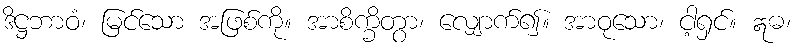
ဒိဋ္ဌဘာဝံ၊ မြင်သော အဖြစ်ကို။ အာစိက္ခိတွာ၊ လျှောက်၍။ အာဝုသော၊ ငါ့ရှင်။ ဣဓ၊